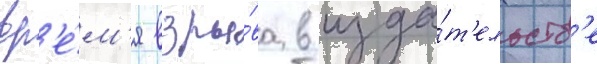
вр'е́м'я взры́ва в изда́т'ельств'е